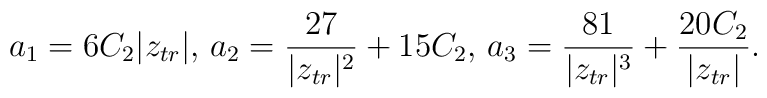
a_1= 6C_2|z_{tr}| \mbox{,  } a_2= \frac{27}{|z_{tr}|^2} +15C_2 \mbox{,  } a_3= \frac{81}{|z_{tr}|^3} +\frac{20C_2}{|z_{tr}|}.